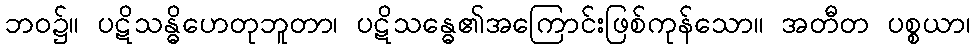
ဘဝ၌။ ပဋိသန္ဓိဟေတုဘူတာ၊ ပဋိသန္ဓေ၏အကြောင်းဖြစ်ကုန်သော။ အတီတ ပစ္စယာ၊